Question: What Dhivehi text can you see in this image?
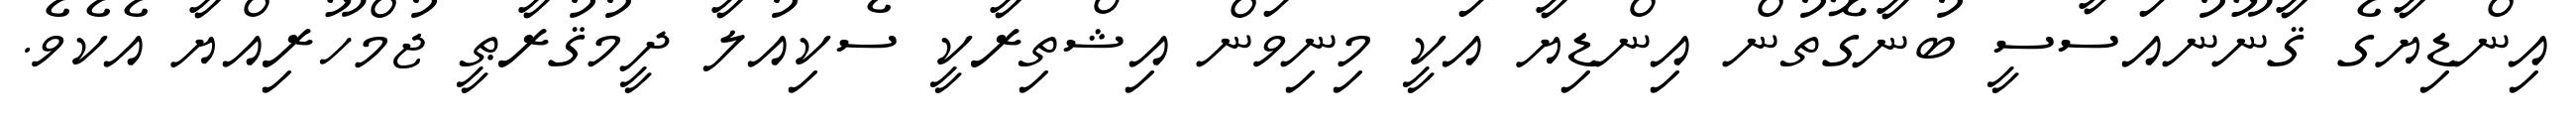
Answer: އިންޑިޔާގެ ޤާނޫނުއަސާސީ ބުނާގޮތުން އިންޑިޔާ އަކީ މިނިވަން އިޝްތިރާކީ ސެކިއުލާ ދީމުޤުރާޠީ ޖުމްހޫރިއްޔާ އެކެވެ.